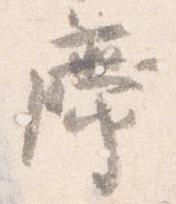
席